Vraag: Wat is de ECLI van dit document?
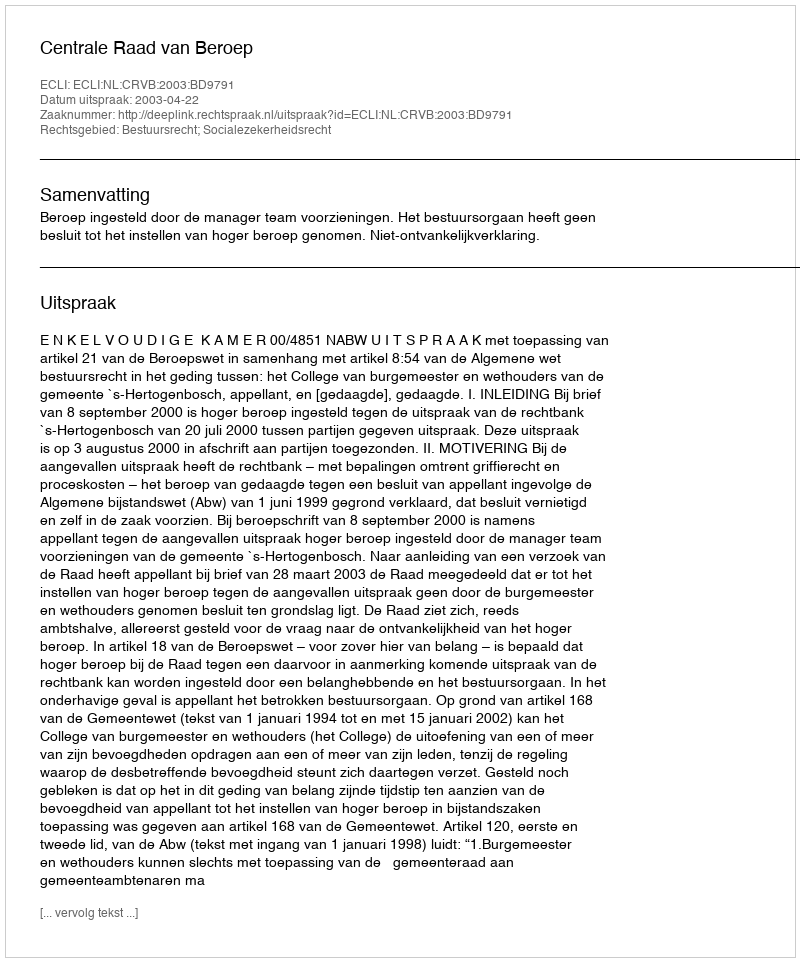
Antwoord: ECLI:NL:CRVB:2003:BD9791